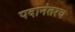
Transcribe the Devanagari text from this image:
पदानंतरच